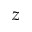
z